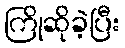
ကြိုဆိုခဲ့ပြီး